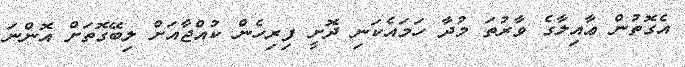
އެގޮތުން ޢާއިލާގެ ވާރުތަ މުދާ ހަމައެކަނި ދޮށީ ފިރިހެން ކުއްޖާއަށް ލިބޭގޮތަށް އޮންނަ